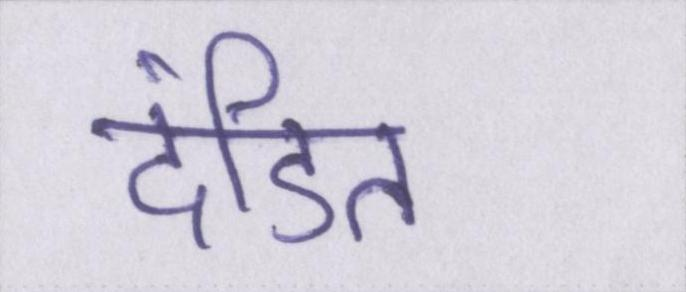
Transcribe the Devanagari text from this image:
दंडित